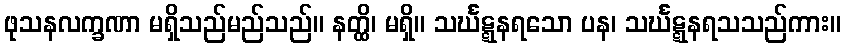
ဖုသနလက္ခဏာ မရှိသည်မည်သည်။ နတ္ထိ၊ မရှိ။ သင်္ဃဋ္ဋနရသော ပန၊ သင်္ဃဋ္ဋနရသသည်ကား။